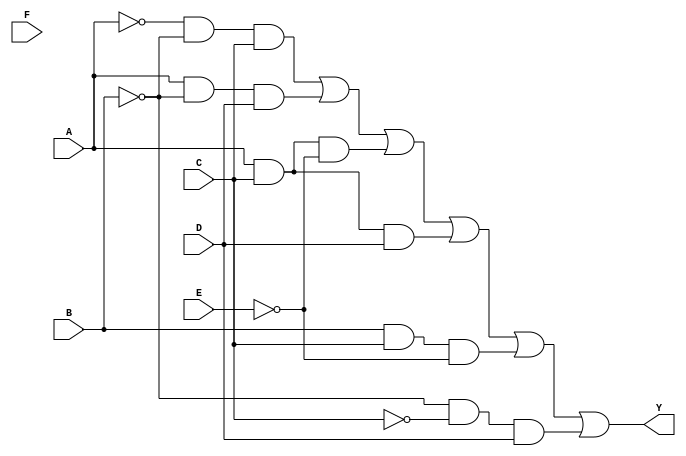
module six_variable_kmap (
    input wire A,  // Input A
    input wire B,  // Input B
    input wire C,  // Input C
    input wire D,  // Input D
    input wire E,  // Input E
    input wire F,  // Input F
    output wire Y  // Output Y
);

// Boolean function from the K-map simplification
// Example: Y = A'B'C + AB'D + AC'E + ACD' + BC'E' + B'C'D
assign Y = (~A & ~B & C) | (A & ~B & D) | (A & C & ~E) | (A & C & D) |
           (B & C & ~E) | (~B & ~C & D);

endmodule